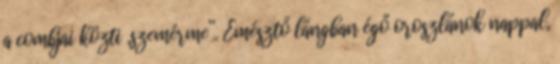
a combjai közti „szemérme”. Emésztő lángban égő oroszlánok nappal,